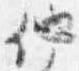
他